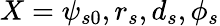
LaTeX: X=\psi_{s0},r_{s},d_{s},\phi_{s}